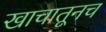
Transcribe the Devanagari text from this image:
खाचातूनच